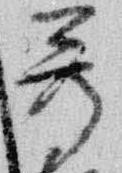
尊